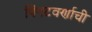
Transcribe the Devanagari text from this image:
पिंगटवर्णाची